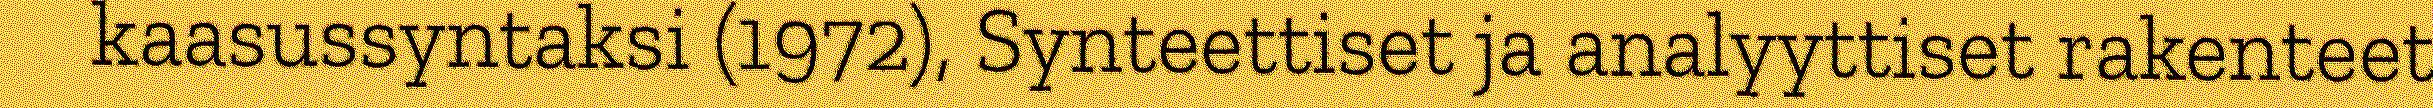
kaasussyntaksi (1972), Synteettiset ja analyyttiset rakenteet